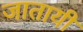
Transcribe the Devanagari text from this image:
जातायी